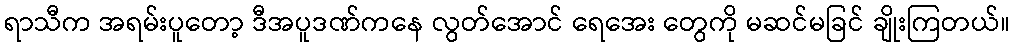
ရာသီက အရမ်းပူတော့ ဒီအပူဒဏ်ကနေ လွတ်အောင် ရေအေး တွေကို မဆင်မခြင် ချိုးကြတယ်။